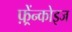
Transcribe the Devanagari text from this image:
फ़्रेंन्कोइज